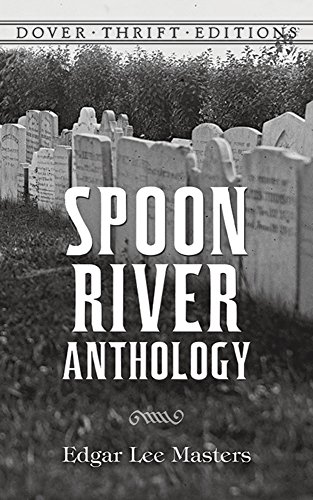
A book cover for Spoon River Anthology (Dover Thrift Editions); Edgar Lee Masters; Literature & Fiction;